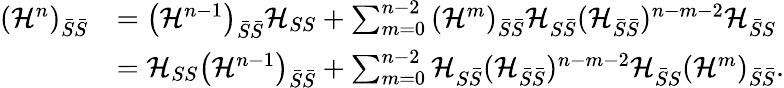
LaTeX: \begin{array}{rl}{\left(\mathcal{H}^{n}\right)_{\bar{S}\bar{S}}}&{=\left(\mathcal{H}^{n-1}\right)_{\bar{S}\bar{S}}\mathcal{H}_{SS}+\sum_{m=0}^{n-2}\left(\mathcal{H}^{m}\right)_{\bar{S}\bar{S}}\mathcal{H}_{S\bar{S}}(\mathcal{H}_{\bar{S}\bar{S}})^{n-m-2}\mathcal{H}_{\bar{S}S}}\\ &{=\mathcal{H}_{SS}\left(\mathcal{H}^{n-1}\right)_{\bar{S}\bar{S}}+\sum_{m=0}^{n-2}\mathcal{H}_{S\bar{S}}(\mathcal{H}_{\bar{S}\bar{S}})^{n-m-2}\mathcal{H}_{\bar{S}S}\left(\mathcal{H}^{m}\right)_{\bar{S}\bar{S}}.}\end{array}